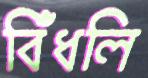
বিঁধলি